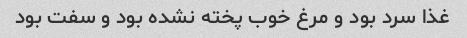
غذا سرد بود و مرغ خوب پخته نشده بود و سفت بود